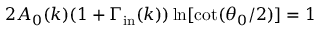
2 A _ { 0 } ( k ) ( 1 + \Gamma _ { \mathrm { i n } } ( k ) ) \ln [ \cot ( \theta _ { 0 } / 2 ) ] = 1